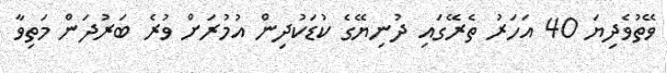
ވޭތުވެދިޔަ 40 އަހަރު ތެރޭގައި ދުނިޔޭގެ ކުޑަކުދިން އުމުރަށް ވުރެ ބަރުދަން މަތިވާ